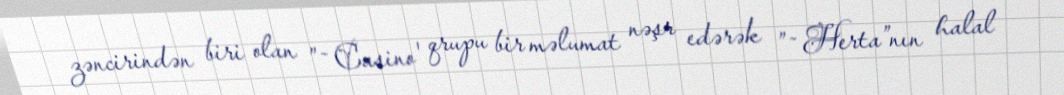
zəncirindən biri olan ”˜Casino' qrupu bir məlumat nəşr edərək ”˜Herta”nın halal